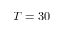
T = 3 0